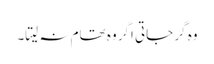
وہ گر جاتی اگر وہ تھام نہ لیتا۔